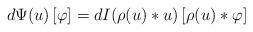
LaTeX: \begin{gather*} d\Psi(u)\left[\varphi \right] = dI(\rho(u)*u)\left[\rho(u) * \varphi \right]\end{gather*}